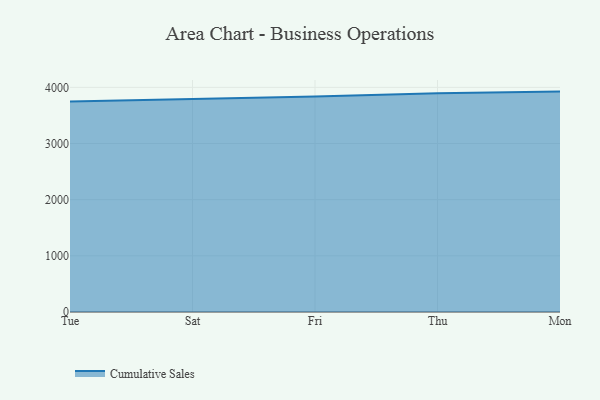
{"axis": {"x": "Day", "y": "Tickets Resolved"}, "legend": ["Cumulative Sales"], "data": [{"x": "Tue", "y": 3748.0, "type": "Cumulative Sales"}, {"x": "Sat", "y": 3787.1, "type": "Cumulative Sales"}, {"x": "Fri", "y": 3836.1, "type": "Cumulative Sales"}, {"x": "Thu", "y": 3893.0, "type": "Cumulative Sales"}, {"x": "Mon", "y": 3924.1, "type": "Cumulative Sales"}]}